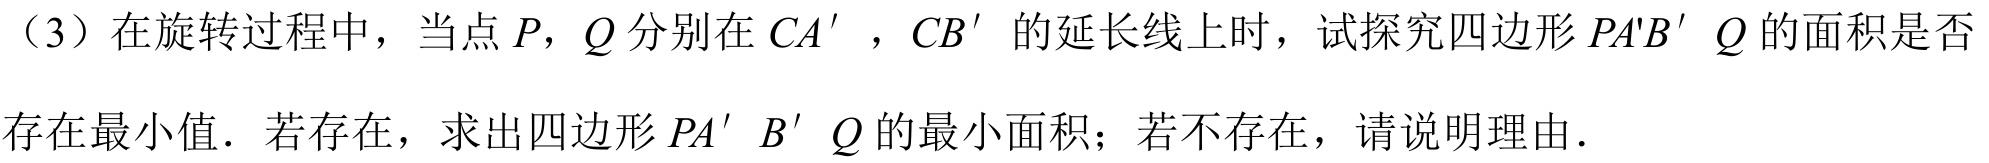
（3）在旋转过程中，当点\(P\)，\(Q\)分别在\(CA'\)，\(CB'\)的延长线上时，试探究四边形\(PA'B'Q\)的面积是否存在最小值．若存在，求出四边形\(PA'B'Q\)的最小面积；若不存在，请说明理由．